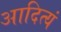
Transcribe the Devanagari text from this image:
आदित्यं